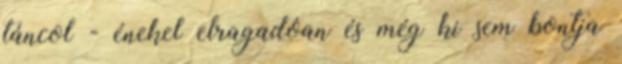
táncol - énekel elragadóan és még ki sem bontja